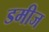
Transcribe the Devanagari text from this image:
डमीज